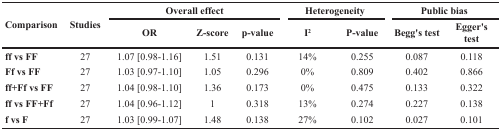
<table><thead><tr><td rowspan="2"><b>Comparison</b></td><td rowspan="2"><b>Studies</b></td><td colspan="3"><b>Overall effect</b></td><td colspan="2"><b>Heterogeneity</b></td><td colspan="2"><b>Public bias</b></td></tr><tr><td><b>OR</b></td><td><b>Z-score</b></td><td><b>p-value</b></td><td><b>I<sup>2</sup></b></td><td><b>P-value</b></td><td><b>Begg&#x27;s test</b></td><td><b>Egger&#x27;s test</b></td></tr></thead><tbody><tr><td><b>ff vs FF</b></td><td>27</td><td>1.07 [0.98-1.16]</td><td>1.51</td><td>0.131</td><td>14%</td><td>0.255</td><td>0.087</td><td>0.118</td></tr><tr><td><b>Ff vs FF</b></td><td>27</td><td>1.03 [0.97-1.10]</td><td>1.05</td><td>0.296</td><td>0%</td><td>0.809</td><td>0.402</td><td>0.866</td></tr><tr><td><b>ff+Ff vs FF</b></td><td>27</td><td>1.04 [0.98-1.10]</td><td>1.36</td><td>0.173</td><td>0%</td><td>0.475</td><td>0.133</td><td>0.322</td></tr><tr><td><b>ff vs FF+Ff</b></td><td>27</td><td>1.04 [0.96-1.12]</td><td>1</td><td>0.318</td><td>13%</td><td>0.274</td><td>0.227</td><td>0.138</td></tr><tr><td><b>f vs F</b></td><td>27</td><td>1.03 [0.99-1.07]</td><td>1.48</td><td>0.138</td><td>27%</td><td>0.102</td><td>0.027</td><td>0.101</td></tr></tbody></table>